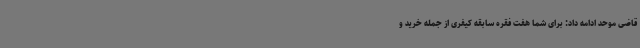
قاضی موحد ادامه داد: برای شما هفت فقره سابقه کیفری از جمله خرید و